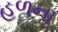
હળના